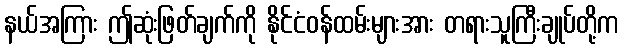
နယ်အကြား ဤဆုံးဖြတ်ချက်ကို နိုင်ငံဝန်ထမ်းများအား တရားသူကြီးချုပ်တို့က